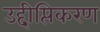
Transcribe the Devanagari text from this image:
उद्दीप्तिकरण